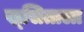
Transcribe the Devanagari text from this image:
ख्र्सिताला